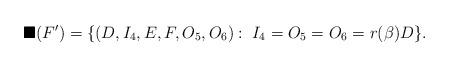
LaTeX: \begin{align*}\blacksquare(F') = \{ (D,I_4,E,F,O_5,O_6) : \; I_4 = O_5 = O_6 = r(\beta) D \} . \end{align*}